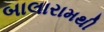
બાલારામથી